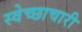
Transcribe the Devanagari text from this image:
स्‍वेच्‍छाचारी